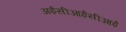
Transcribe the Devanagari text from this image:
अईसीआईसीआई